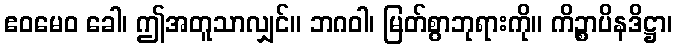
ဧဝမေဝ ခေါ၊ ဤအတူသာလျှင်။ ဘဂဝါ၊ မြတ်စွာဘုရားကို။ ကိဉ္စာပိနဒိဋ္ဌာ၊